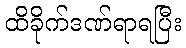
ထိခိုက်ဒဏ်ရာရပြီး